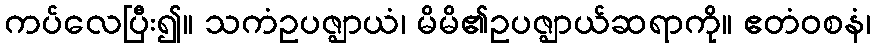
ကပ်လေပြီး၍။ သကံဥပဇ္ဈာယံ၊ မိမိ၏ဥပဇ္ဈာယ်ဆရာကို။ ဧတံဝစနံ၊